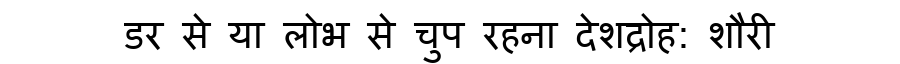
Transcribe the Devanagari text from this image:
डर से या लोभ से चुप रहना देशद्रोह: शौरी